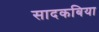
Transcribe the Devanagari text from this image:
सादकबिया